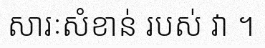
សារៈសំខាន់ របស់ វា ។